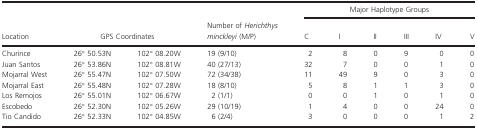
|  |  |  |  | <COLSPAN=6> Major Haplotype Groups |
 | Location | <COLSPAN=2> GPS Coordinates | Number of Herichthys minckleyi (M/P) | C | I | II | III | IV | V |
 | --- | --- | --- | --- | --- | --- | --- | --- | --- | --- |
 | Churince | 26° 50.53N | 102° 08.20W | 19 (9/10) | 2 | 8 | 0 | 9 | 0 | 0 |
 | Juan Santos | 26° 53.86N | 102° 08.81W | 40 (27/13) | 32 | 7 | 0 | 0 | 1 | 0 |
 | Mojarral West | 26° 55.47N | 102° 07.50W | 72 (34/38) | 11 | 49 | 9 | 0 | 3 | 0 |
 | Mojarral East | 26° 55.48N | 102° 07.28W | 18 (8/10) | 5 | 8 | 1 | 1 | 3 | 0 |
 | Los Remojos | 26° 55.01N | 102° 06.67W | 2 (1/1) | 0 | 0 | 1 | 0 | 1 | 0 |
 | Escobedo | 26° 52.30N | 102° 05.26W | 29 (10/19) | 1 | 4 | 0 | 0 | 24 | 0 |
 | Tio Candido | 26° 52.33N | 102° 04.85W | 6 (2/4) | 3 | 0 | 0 | 0 | 1 | 2 |